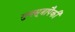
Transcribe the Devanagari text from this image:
गुणसूत्रापैकी